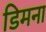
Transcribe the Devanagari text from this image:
डिमना